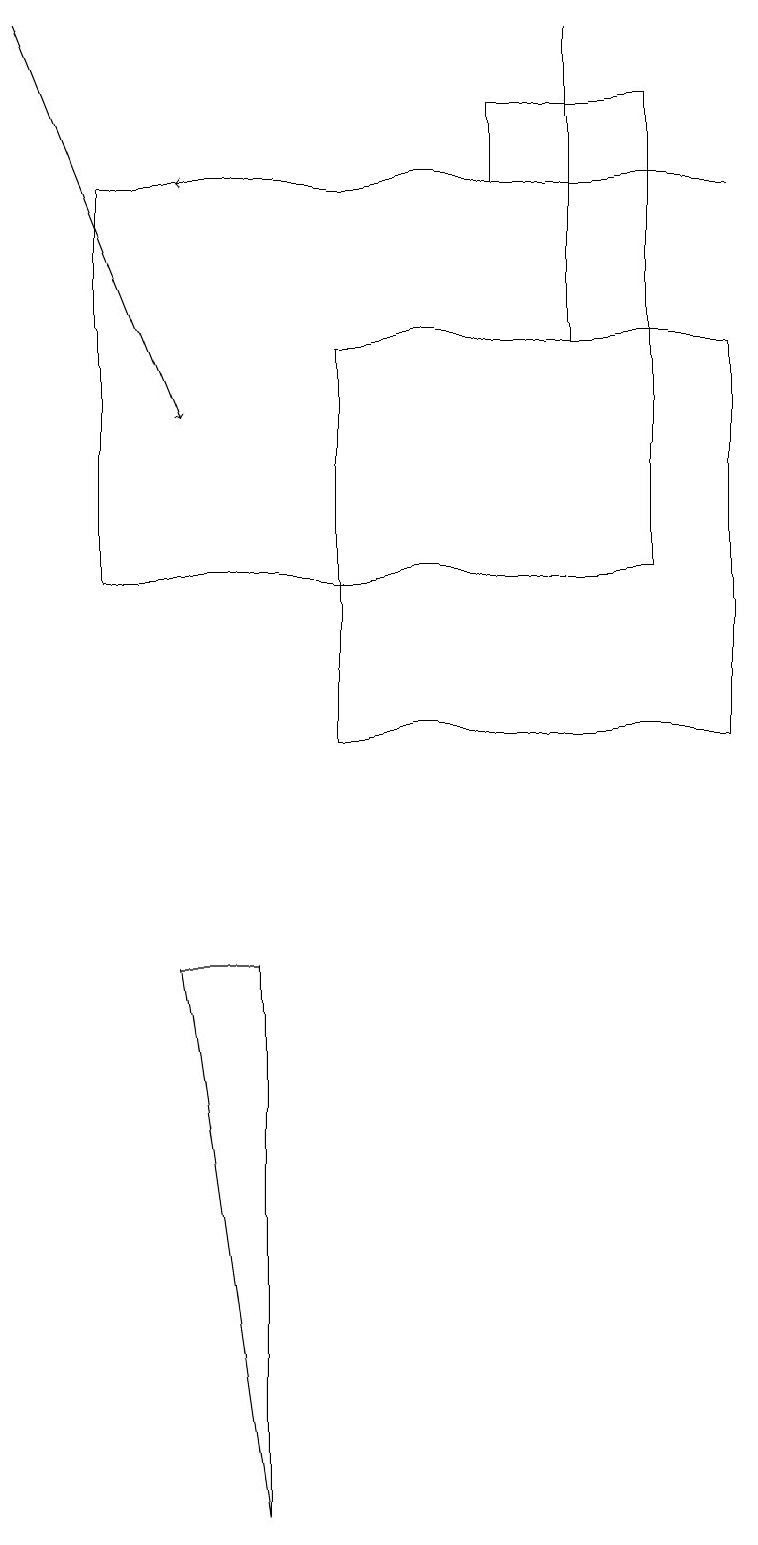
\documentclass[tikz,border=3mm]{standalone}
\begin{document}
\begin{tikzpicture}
\draw (9,10) rectangle (4,15);
\draw (7,15) rectangle (7,19);
\draw (1,12) rectangle (8,17);
\draw[->] (9,17) -- (2,17);
\draw (6,17) rectangle (8,18);
\draw (3,7) -- (2,7) -- (3,0) -- cycle;
\draw[->] (0,19) -- (2,14);
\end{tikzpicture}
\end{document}